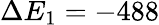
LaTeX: \Delta E_{1}=-488